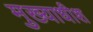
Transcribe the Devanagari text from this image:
मुख्याधीश